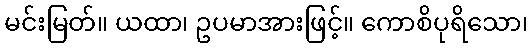
မင်းမြတ်။ ယထာ၊ ဥပမာအားဖြင့်။ ကောစိပုရိသော၊